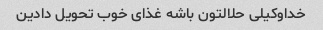
خداوکیلی حلالتون باشه غذای خوب تحویل دادین